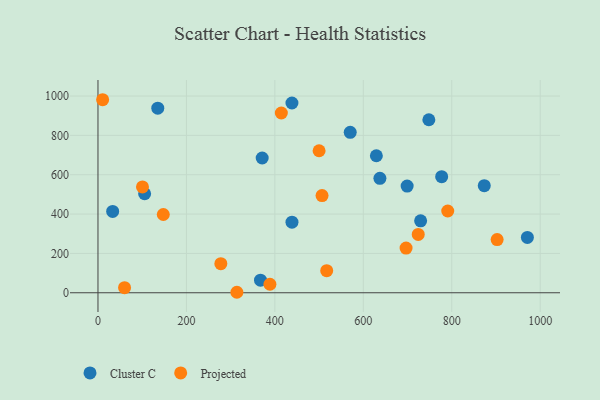
{"axis": {"x": "Speed", "y": "Demand"}, "legend": ["Cluster C", "Projected"], "data": [{"x": "438.6", "y": 964.7, "type": "Cluster C"}, {"x": "371.3", "y": 685.0, "type": "Cluster C"}, {"x": "971.0", "y": 281.3, "type": "Cluster C"}, {"x": "748.2", "y": 879.6, "type": "Cluster C"}, {"x": "777.2", "y": 590.2, "type": "Cluster C"}, {"x": "729.6", "y": 365.4, "type": "Cluster C"}, {"x": "438.7", "y": 359.0, "type": "Cluster C"}, {"x": "629.5", "y": 696.4, "type": "Cluster C"}, {"x": "873.5", "y": 544.2, "type": "Cluster C"}, {"x": "699.1", "y": 542.5, "type": "Cluster C"}, {"x": "33.2", "y": 413.4, "type": "Cluster C"}, {"x": "367.5", "y": 64.0, "type": "Cluster C"}, {"x": "570.4", "y": 815.4, "type": "Cluster C"}, {"x": "135.2", "y": 938.3, "type": "Cluster C"}, {"x": "105.5", "y": 503.2, "type": "Cluster C"}, {"x": "637.5", "y": 581.8, "type": "Cluster C"}, {"x": "506.7", "y": 493.8, "type": "Projected"}, {"x": "10.5", "y": 981.3, "type": "Projected"}, {"x": "902.6", "y": 270.5, "type": "Projected"}, {"x": "388.8", "y": 43.2, "type": "Projected"}, {"x": "517.2", "y": 112.4, "type": "Projected"}, {"x": "790.9", "y": 415.7, "type": "Projected"}, {"x": "724.2", "y": 296.3, "type": "Projected"}, {"x": "414.6", "y": 913.8, "type": "Projected"}, {"x": "314.1", "y": 2.4, "type": "Projected"}, {"x": "100.6", "y": 537.8, "type": "Projected"}, {"x": "60.1", "y": 25.6, "type": "Projected"}, {"x": "500.0", "y": 721.9, "type": "Projected"}, {"x": "696.7", "y": 227.3, "type": "Projected"}, {"x": "277.8", "y": 147.9, "type": "Projected"}, {"x": "147.7", "y": 397.8, "type": "Projected"}]}